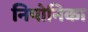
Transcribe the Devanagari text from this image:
निपोनिका